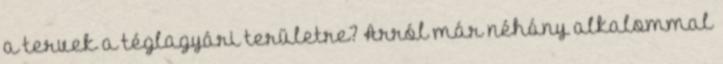
a tervek a téglagyári területre? Arról már néhány alkalommal